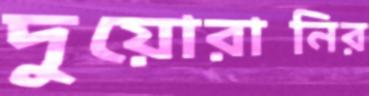
দুয়োরানির